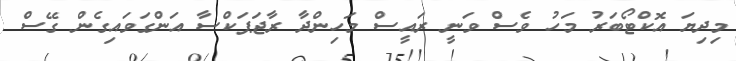
މިދިޔަ އޮކްޓޯބަރު މަހު ވެސް ވަނީ ރައީސް މަހިންދާ ރާޖަޕަކްސާ އަންގަވައިގެން ގޭސް